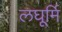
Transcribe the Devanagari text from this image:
लघूर्मि